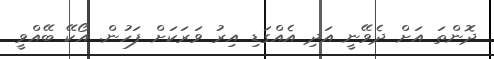
ދޮންތަ އަށް ދެވޭނީ އަދި އެއްގަޑި އިރު ވަރަކަށް ފަހުން. އޯކޭ ބޭއްވީ